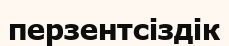
перзентсіздік